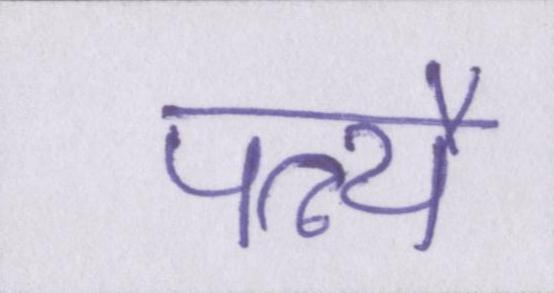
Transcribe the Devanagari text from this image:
पत्न्यै